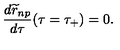
{ \frac { d { \widetilde r } _ { n p } } { d \tau } } ( \tau = \tau _ { + } ) = 0 .